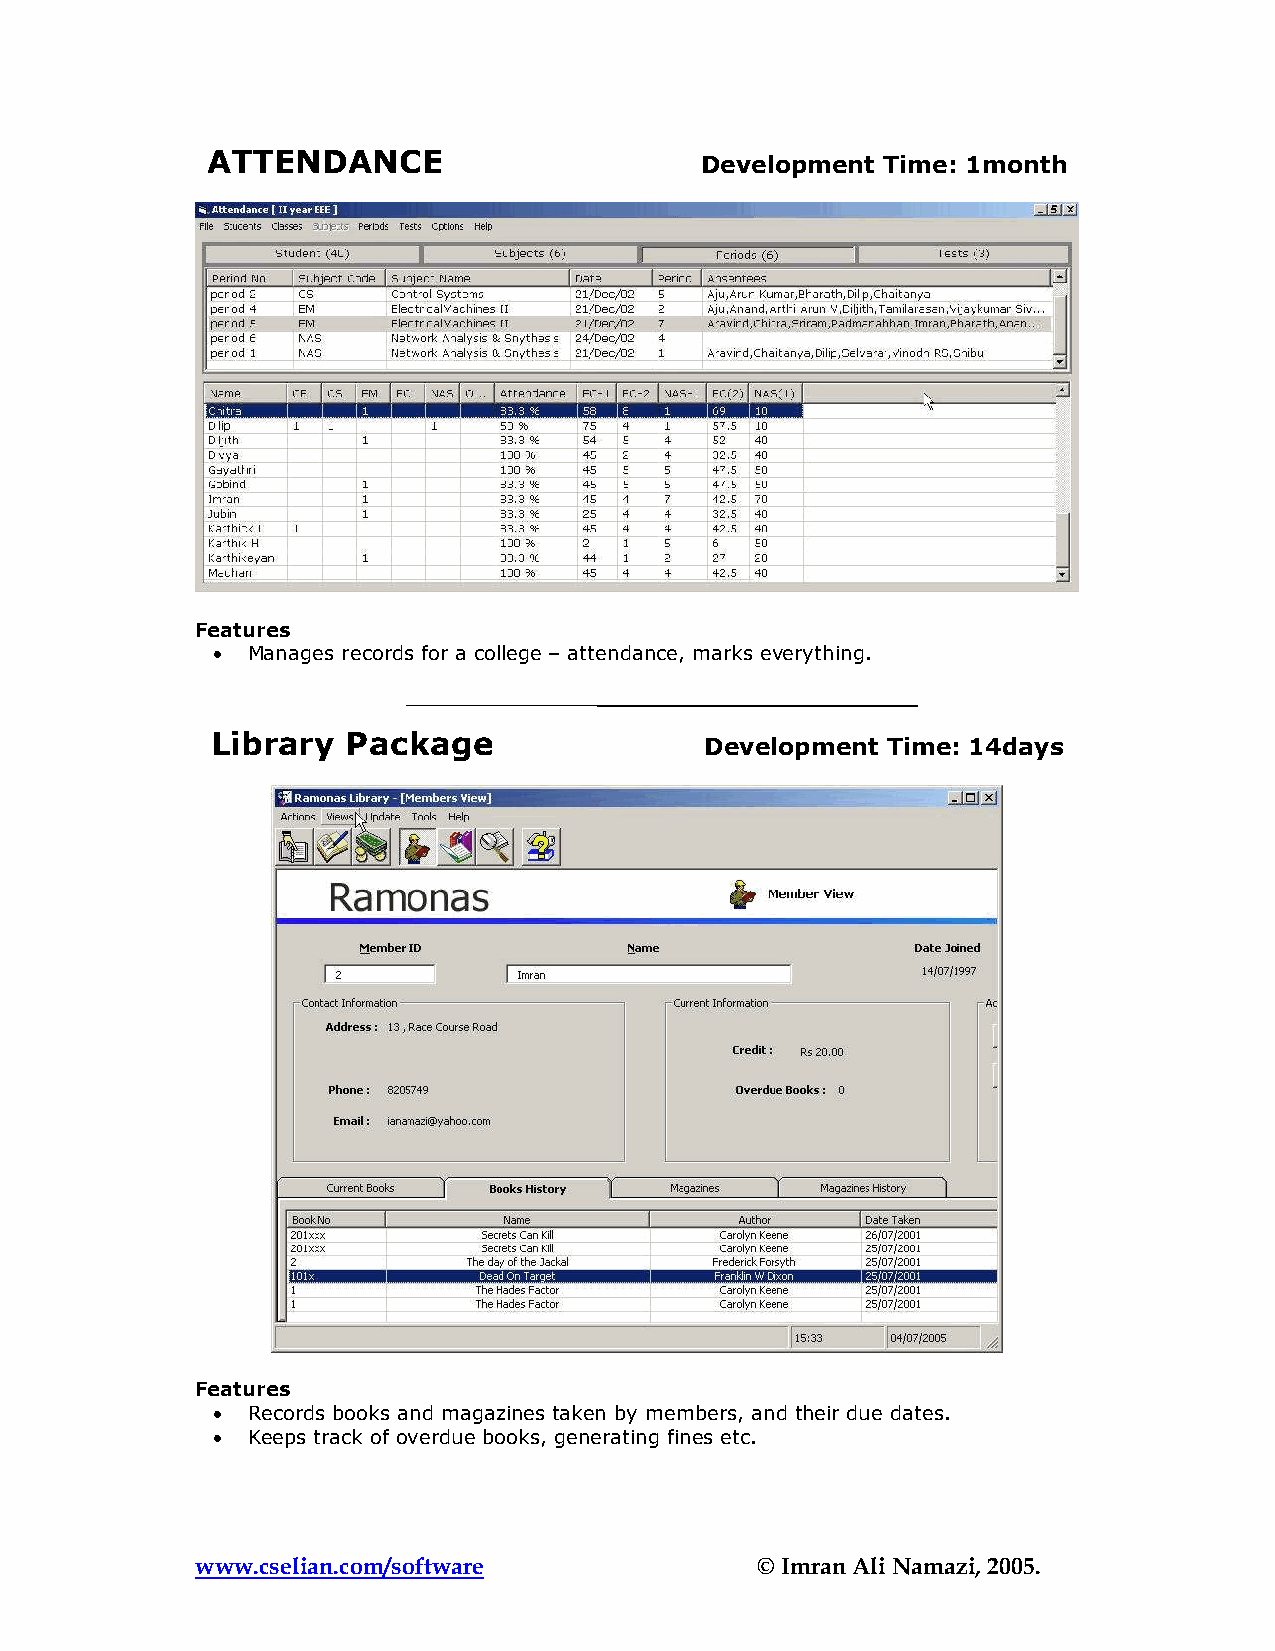
ATTENDANCE                      Development Time: 1month
 Features
 • Manages records for a college – attendance, marks everything.
 Library  Package                 Development Time: 14days
 Features
 • Records books and magazines taken by members, and their due dates.
 • Keeps track of overdue books, generating fines etc.
 www.cselian.com/software             © Imran Ali Namazi, 2005.